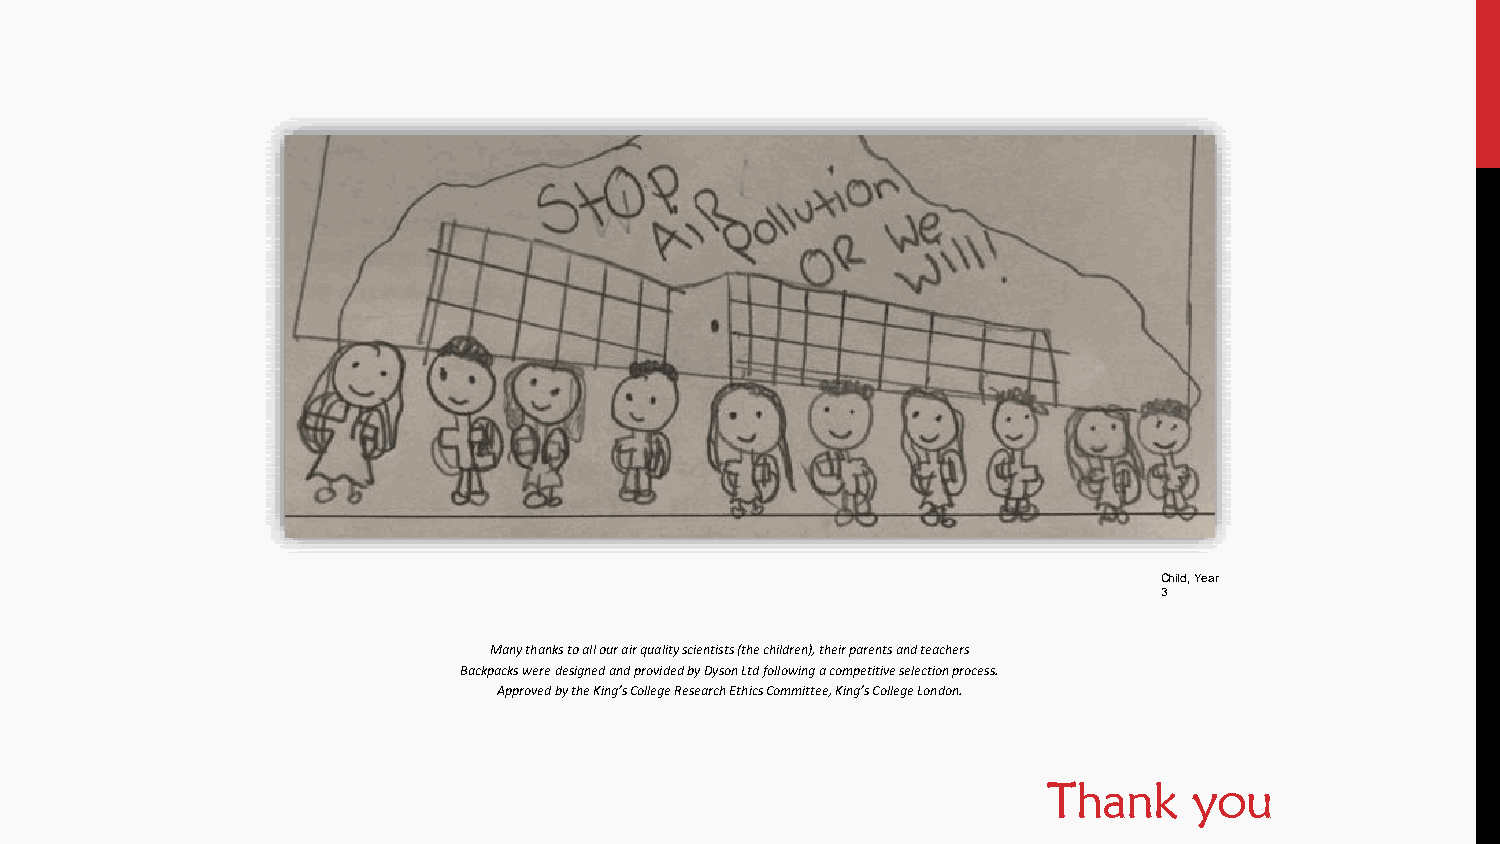
Child, Year
 3
 Many thanks to all our air quality scientists (the children), their parents and teachers
 Backpacks were designed and provided by Dyson Ltd following a competitive selection process.
 Approved by the King’s College Research Ethics Committee, King’s College London.
 Thank     you